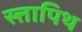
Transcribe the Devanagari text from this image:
स्त्तापिथ